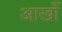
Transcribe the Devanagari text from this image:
आखोँ